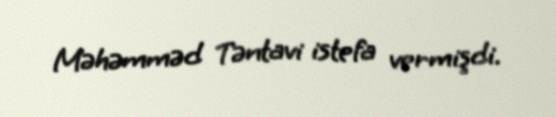
Məhəmməd Təntavi istefa vermişdi.